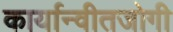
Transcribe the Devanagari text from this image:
कार्यान्वीतजोगी